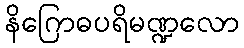
နိဂြောဓပရိမဏ္ဍလော